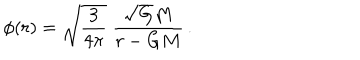
LaTeX: \phi ( r ) = \sqrt { \frac { 3 } { 4 \pi } } \; \frac { \sqrt { G } M } { r - G M } \, .